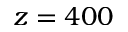
z = 4 0 0